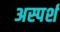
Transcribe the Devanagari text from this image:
अस्पर्श